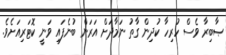
ޞާބިރާ ވެސް ހުރިހާ ކުދިން ގާތު ނަމާދަށް އަރަން ބުނެފައި ވަނީ ކޮޓަރިއަށެވެ.